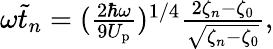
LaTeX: \begin{array}{r}{\omega\tilde{t}_{n}=(\frac{2\hbar\omega}{9U_{\mathrm{p}}})^{1/4}\frac{2\zeta_{n}-\zeta_{0}}{\sqrt{\zeta_{n}-\zeta_{0}}},}\end{array}